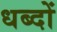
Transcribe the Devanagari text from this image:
धब्दों